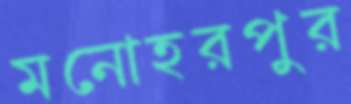
মনোহরপুর